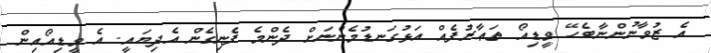
އެ ޒުވާނުންނާބެހޭ ވީޑިއޯ ތަޢާރުފެއް އަޅުގަނޑުމެންނަށް ދެންމެ ފެނިގެން އެދިޔައީ. އެ ވީޑިއޯއިން